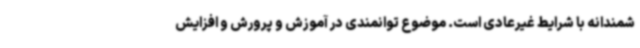
شمندانه با شرایط غیرعادی است. موضوع توانمندی در آموزش و پرورش و افزایش